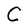
Character: C